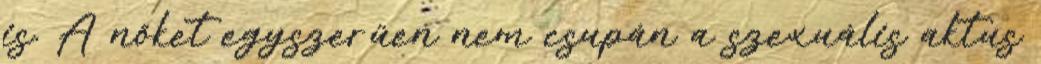
is. A nőket egyszerűen nem csupán a szexuális aktus